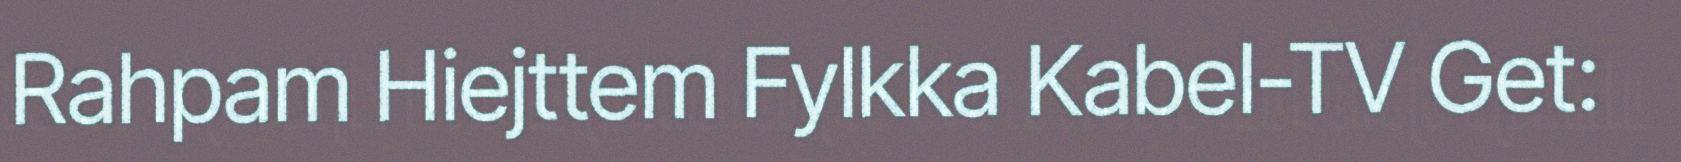
Rahpam Hiejttem Fylkka Kabel-TV Get: